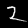
Label: 2